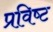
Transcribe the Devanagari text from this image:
प्रविष्‍ट